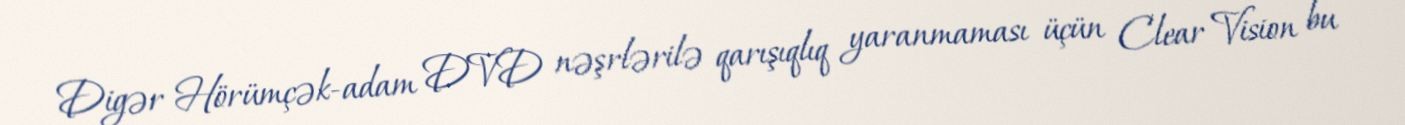
Digər Hörümçək-adam DVD nəşrlərilə qarışıqlıq yaranmaması üçün Clear Vision bu